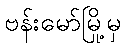
ဗန်းမော်မြို့မှ